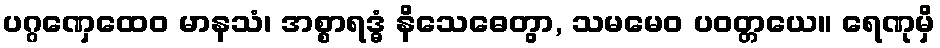
ပဂ္ဂဏှေထေဝ မာနသံ၊ အစ္စာရဒ္ဓံ နိသေဓေတွာ, သမမေဝ ပဝတ္တယေ။ ရေဏုမှိ